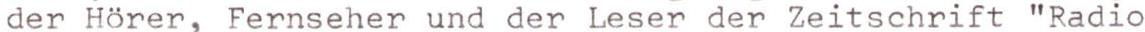
der Hörer, Fernseher und der Leser der Zeitschrift "Radio